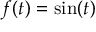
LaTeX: f ( t ) = \sin ( t )